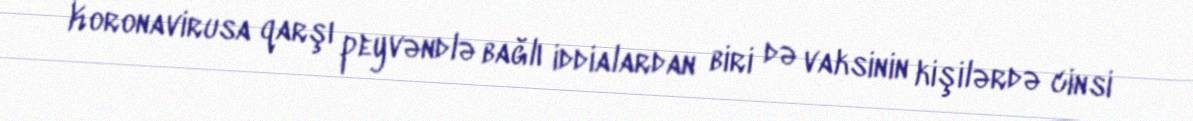
Koronavirusa qarşı peyvəndlə bağlı iddialardan biri də vaksinin kişilərdə cinsi